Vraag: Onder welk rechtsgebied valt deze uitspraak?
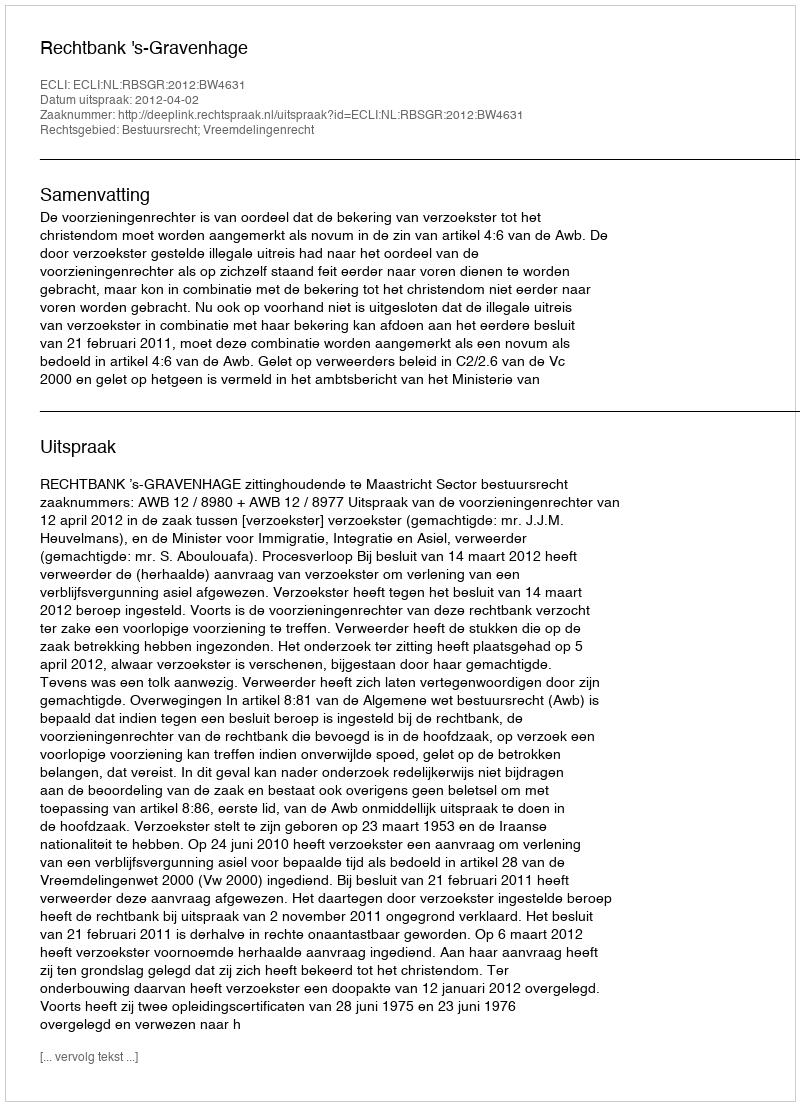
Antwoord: Bestuursrecht; Vreemdelingenrecht